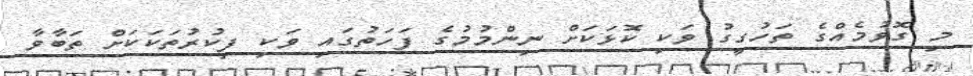
މި ގޮވުމެއްގެ ތަހުގީގު ވަކި ކޮޅަކަށް ނިންމުމުގެ ފަހަތުގައި ވަކި ފިކުރުތަކަކަށް ތަބާވާ